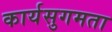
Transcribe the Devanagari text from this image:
कार्यसुगमता